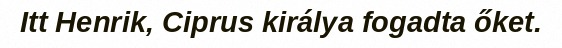
Itt Henrik, Ciprus királya fogadta őket.